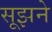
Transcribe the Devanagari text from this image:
सूझने